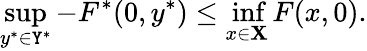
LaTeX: \operatorname*{sup}_{y^{*}\in\mathtt{Y}^{*}}-F^{*}(0,y^{*})\leq\operatorname*{inf}_{x\in\mathbf{X}}F(x,0).